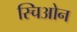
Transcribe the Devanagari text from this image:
स्चिओन